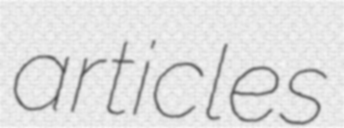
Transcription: articles